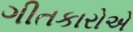
ગીતકારોએ